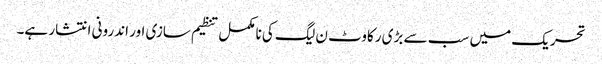
تحریک میں سب سے بڑی رکاوٹ ن لیگ کی نامکمل تنظیم سازی اور اندرونی انتشار ہے۔